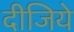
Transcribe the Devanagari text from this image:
दीजिये